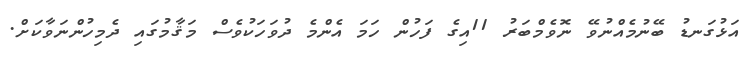
އަޅުގަނޑު ބޭނުމެއްނުވޭ ނޮވެމްބަރު 11އިގެ ފަހުން ހަމަ އެންމެ ދުވަހަކުވެސް މަޤާމުގައި ދެމިހުންނަވާކަށް.